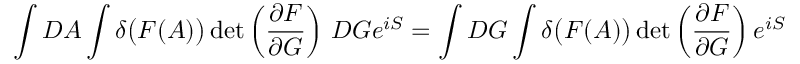
\int D A \int \delta { \big ( } F ( A ) { \big ) } \operatorname* { d e t } \left( { \frac { \partial F } { \partial G } } \right) \, D G e ^ { i S } = \int D G \int \delta { \big ( } F ( A ) { \big ) } \operatorname* { d e t } \left( { \frac { \partial F } { \partial G } } \right) e ^ { i S }